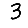
Digit: 3